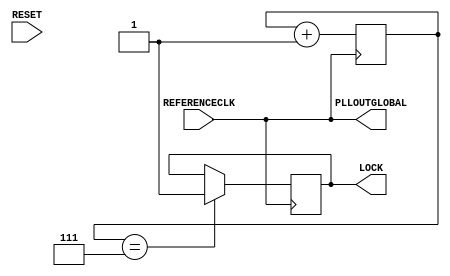
/*
 * This Source Code Form is subject to the terms of the Mozilla
 * Public License, v. 2.0. If a copy of the MPL was not distributed
 * with this file, You can obtain one at https://mozilla.org/MPL/2.0/.
 *
 * Copyright (c) 2017 DUKELEC, All rights reserved.
 *
 */

`timescale 1 ns / 1 ps

module cdpga_pll(
        input   REFERENCECLK,
        input   RESET,
        
        output  PLLOUTGLOBAL,
        output  LOCK
    );

wire clk = REFERENCECLK;
assign PLLOUTGLOBAL = clk;

reg reset_n = 0;
assign LOCK = reset_n;

reg [2:0] reset_cnt = 0;
always @(posedge clk) begin
    reset_cnt <= reset_cnt + 1;
    if (reset_cnt == 3'b111)
        reset_n <= 1;
end 

endmodule